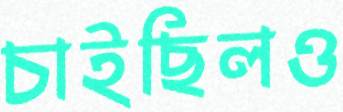
চাইছিলও